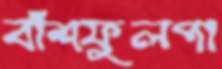
বাঁশফুলপা